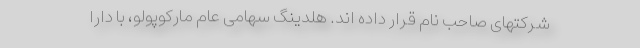
شرکتهای صاحب نام قرار داده اند. هلدینگ سهامی عام مارکوپولو، با دارا